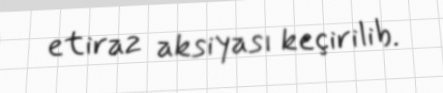
etiraz aksiyası keçirilib.